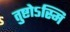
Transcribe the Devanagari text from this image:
तुष्टोऽस्मि